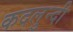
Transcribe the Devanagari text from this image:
कदलुन्दी